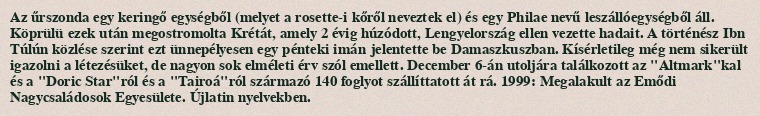
Az űrszonda egy keringő egységből (melyet a rosette-i kőről neveztek el) és egy Philae nevű leszállóegységből áll. Köprülü ezek után megostromolta Krétát, amely 2 évig húzódott, Lengyelország ellen vezette hadait. A történész Ibn Túlún közlése szerint ezt ünnepélyesen egy pénteki imán jelentette be Damaszkuszban. Kísérletileg még nem sikerült igazolni a létezésüket, de nagyon sok elméleti érv szól emellett. December 6-án utoljára találkozott az "Altmark"kal és a "Doric Star"ról és a "Tairoá"ról származó 140 foglyot szállíttatott át rá. 1999: Megalakult az Emődi Nagycsaládosok Egyesülete. Újlatin nyelvekben.